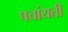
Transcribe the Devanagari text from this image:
पचांयती